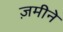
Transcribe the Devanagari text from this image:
ज़मीने